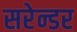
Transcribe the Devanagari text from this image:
सरेन्डर